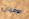
هوفمان